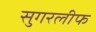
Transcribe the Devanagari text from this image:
सुगरलीफ